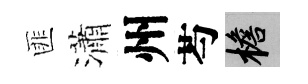
匪瀟州芍檐